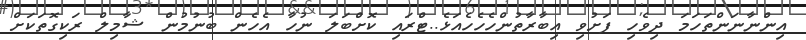
އިންނާނަންތަހަމަ ދިވެހި ފަށުވި އިބާރާތުންހެހެހެއަޅެ..ޓްރައި ކޮށްބަލަ ނުހާ އެހެން ބުނުމުން ޝާމިލް ރަކިގޮތަކަށް